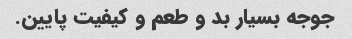
جوجه بسیار بد و طعم و کیفیت پایین.